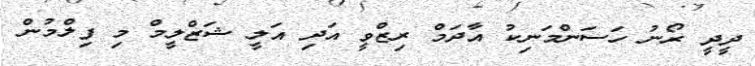
ދީދީ ރޯނު ހަސަންމަނިކު އާދަމް ރިޒްވީ އަދި އަލީ ޝަޒްލީމް މި ފިލްމުން